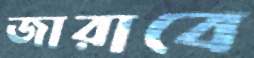
জারাবে